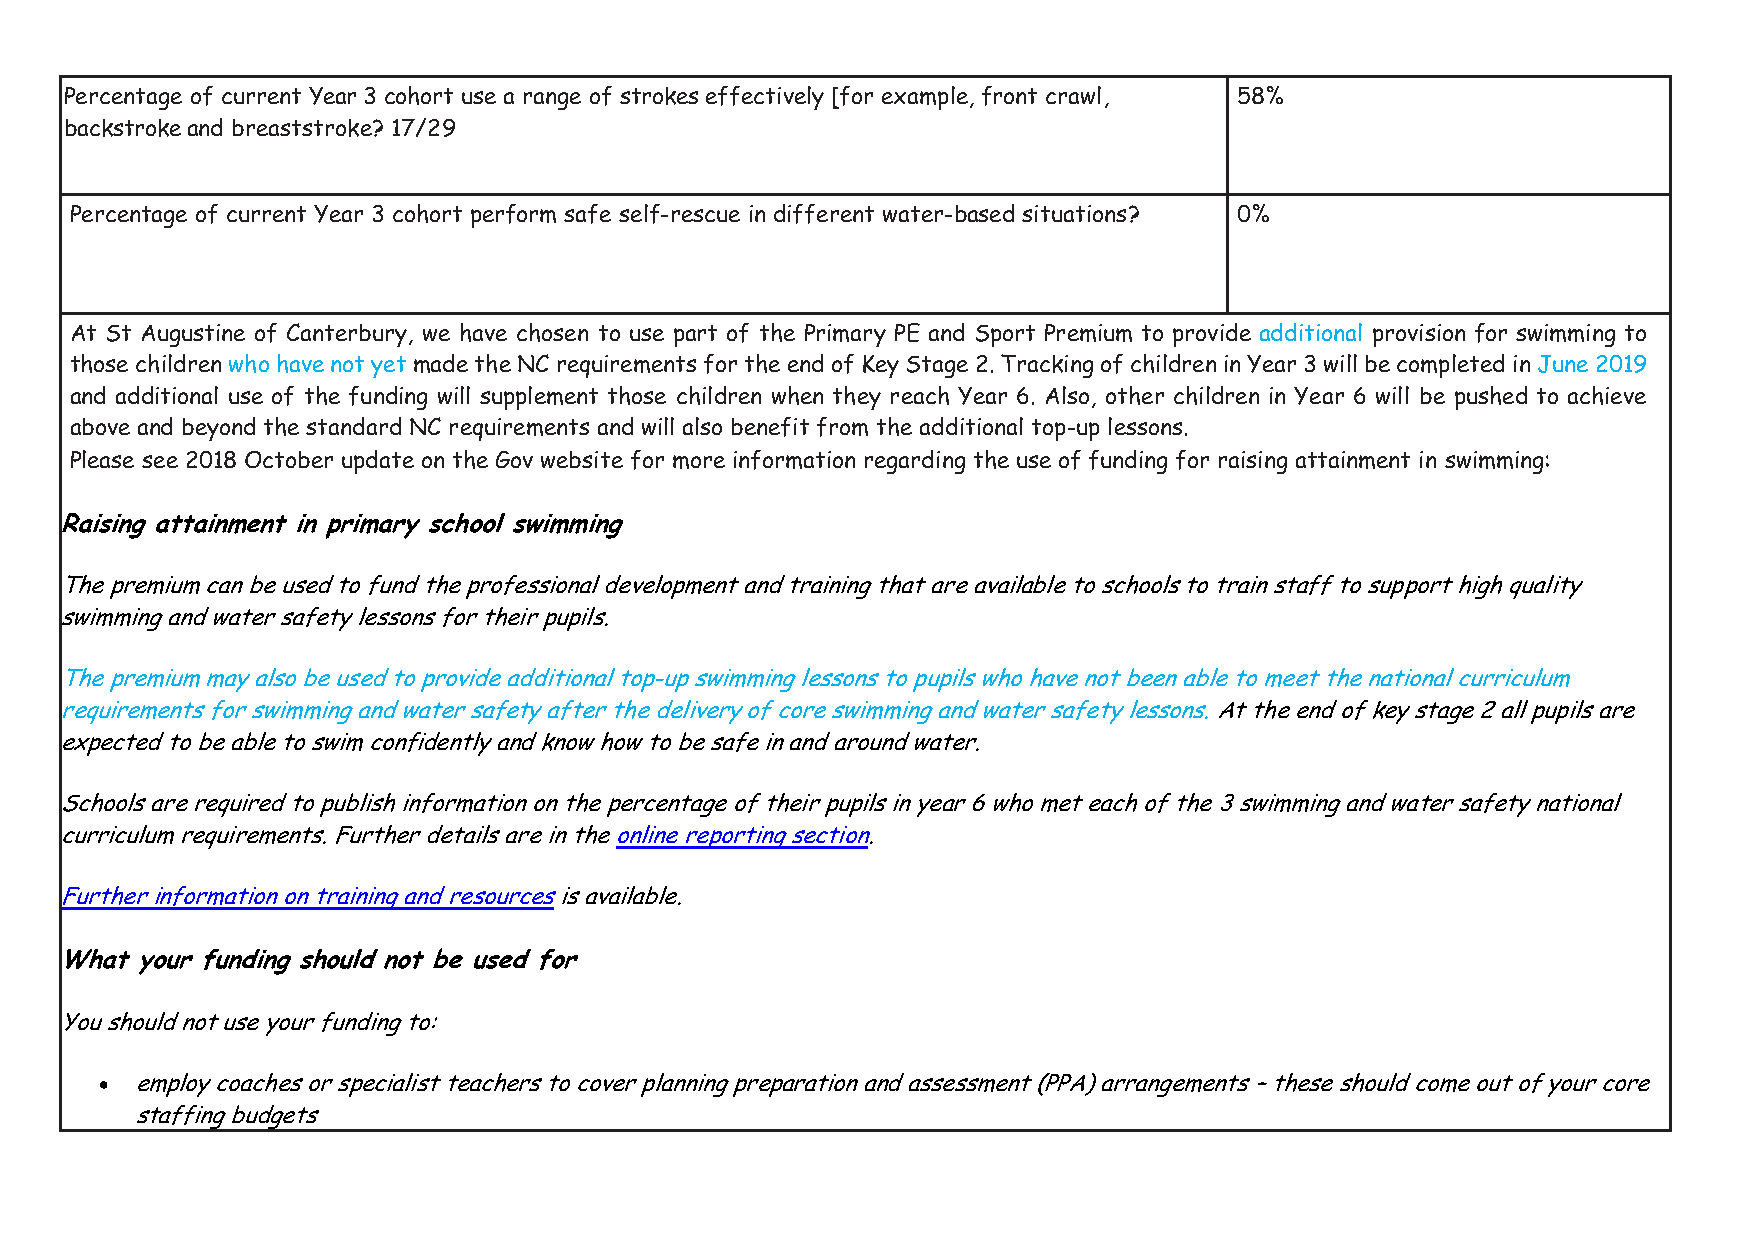
Percentage of current Year 3 cohort use a range of strokes effectively [for example, front crawl, 58%
 backstroke and breaststroke? 17/29
 Percentage of current Year 3 cohort perform safe self-rescue in different water-based situations? 0%
 At St Augustine of Canterbury, we have chosen to use part of the Primary PE and Sport Premium to provide additional provision for swimming to
 those children who have not yet made the NC requirements for the end of Key Stage 2. Tracking of children in Year 3 will be completed in June 2019
 and additional use of the funding will supplement those children when they reach Year 6. Also, other children in Year 6 will be pushed to achieve
 above and beyond the standard NC requirements and will also benefit from the additional top-up lessons.
 Please see 2018 October update on the Gov website for more information regarding the use of funding for raising attainment in swimming:
 Raising attainment in primary school swimming
 The premium can be used to fund the professional development and training that are available to schools to train staff to support high quality
 swimming and water safety lessons for their pupils.
 The premium may also be used to provide additional top-up swimming lessons to pupils who have not been able to meet the national curriculum
 requirements for swimming and water safety after the delivery of core swimming and water safety lessons. At the end of key stage 2 all pupils are
 expected to be able to swim confidently and know how to be safe in and around water.
 Schools are required to publish information on the percentage of their pupils in year 6 who met each of the 3 swimming and water safety national
 curriculum requirements. Further details are in the online reporting section.
 Further information on training and resources is available.
 What your funding should not be used for
 You should not use your funding to:
  employ coaches or specialist teachers to cover planning preparation and assessment (PPA) arrangements – these should come out of your core
 staffing budgets